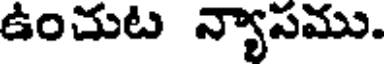
ఉంచుట న్యాసము.